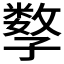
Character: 𡦤